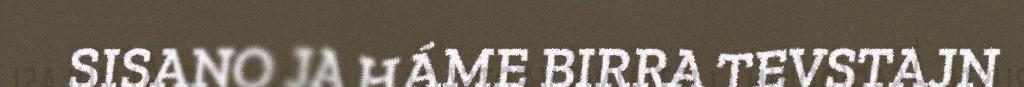
SISANO JA HÁME BIRRA TEVSTAJN